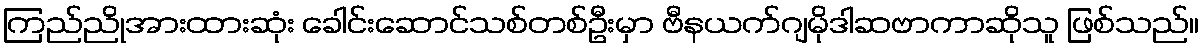
ကြည်ညိုအားထားဆုံး ခေါင်းဆောင်သစ်တစ်ဦးမှာ ဗီနယက်ဂျမိုဒါဆဗာကာဆိုသူ ဖြစ်သည်။